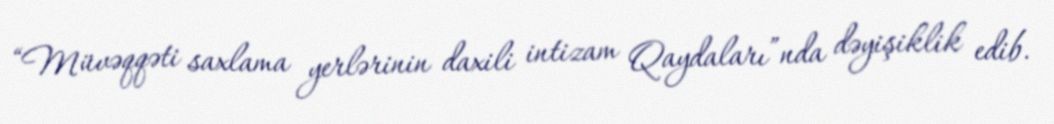
“Müvəqqəti saxlama yerlərinin daxili intizam Qaydaları”nda dəyişiklik edib.